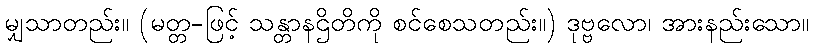
မျှသာတည်း။ (မတ္တ-ဖြင့် သန္တာနဌိတိကို စင်စေသတည်း။) ဒုဗ္ဗလော၊ အားနည်းသော။